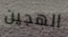
الهجين